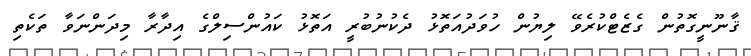
ޤާނޫނީގޮތުން ގެޒެޓްކުރެވޭ ލިޔުން ހުވަދުއަތޮޅު ދެކުނުބުރީ އަތޮޅު ކައުންސިލްގެ އިދާރާ މިދަންނަވާ ތަކެތި